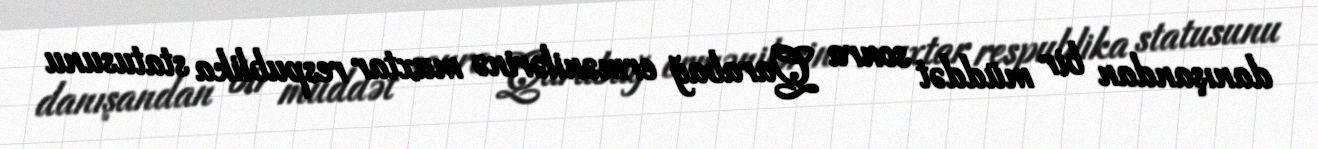
danışandan bir müddət sonra Qarabağ ermənilərinə muxtar respublika statusunu